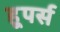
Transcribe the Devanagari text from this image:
हूपर्स